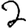
Digit: 2